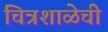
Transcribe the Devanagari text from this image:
चित्रशाळेची